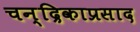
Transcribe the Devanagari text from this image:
चन्द्रिकाप्रसाद